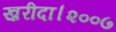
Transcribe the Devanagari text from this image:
ख़रीदा।२००७